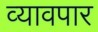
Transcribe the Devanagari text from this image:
व्यावपार